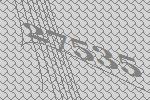
27535